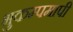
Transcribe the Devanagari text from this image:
भुकम्पमापी